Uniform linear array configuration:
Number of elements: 64
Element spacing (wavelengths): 0.75
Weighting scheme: exponential
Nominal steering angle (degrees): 0
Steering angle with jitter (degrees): -1.089
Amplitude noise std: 0.05
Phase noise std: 0.05

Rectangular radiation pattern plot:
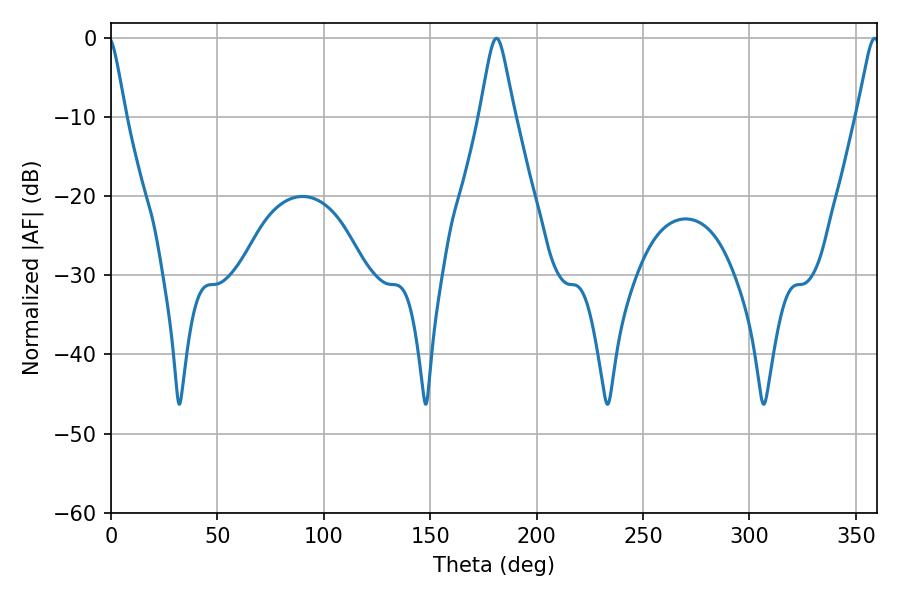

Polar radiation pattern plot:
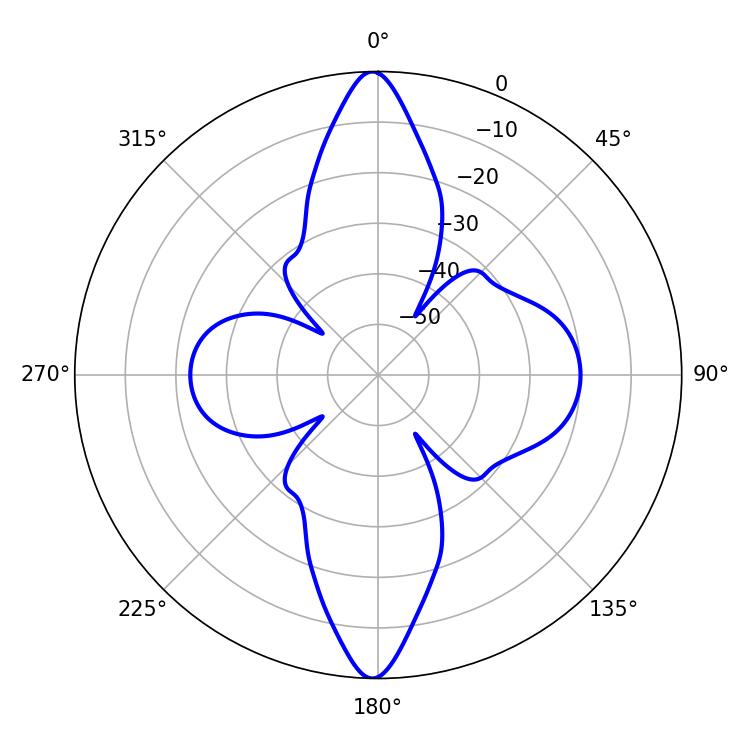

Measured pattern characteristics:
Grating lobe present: TRUE
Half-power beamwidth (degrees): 7.74
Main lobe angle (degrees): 181.08